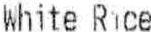
WHITE RICE